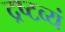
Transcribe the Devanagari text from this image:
द्रष्टव्यं